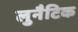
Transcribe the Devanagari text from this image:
लुनैटिक